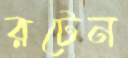
রটেন